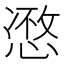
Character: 𢞾